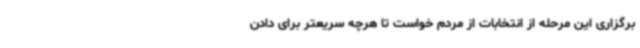
برگزاری این مرحله از انتخابات از مردم خواست تا هرچه سریعتر برای دادن